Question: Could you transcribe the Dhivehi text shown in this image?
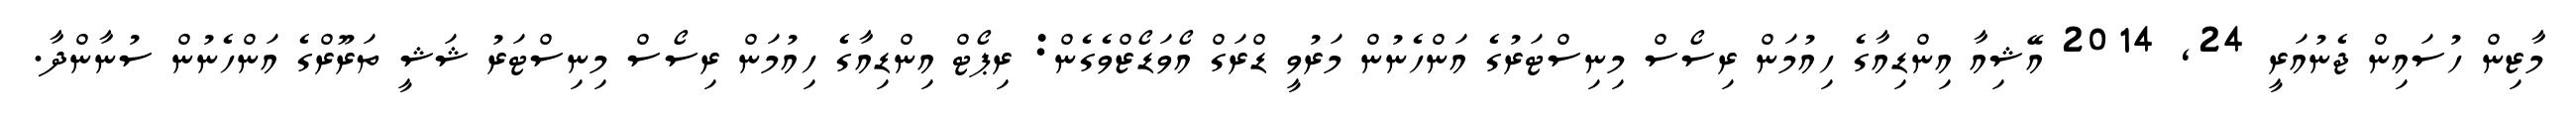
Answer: މާޒިން ހުސައިން ޖެނުއަރީ 24, 2014 އޭޝިއާ އިންޑިއާގެ ހިއުމަން ރިސޯސް މިނިސްޓަރުގެ އަންހެނުން މަރުވީ ޑްރަގް އޯވަޑޯޒްވެގެން: ރިޕޯޓް އިންޑިއާގެ ހިއުމަން ރިސޯސް މިނިސްޓަރު ޝަޝީ ތަރޫރްގެ އަންހެނުން ސުނާންދާ.